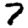
Digit: 7